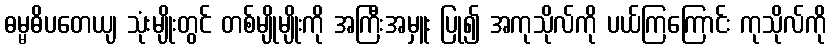
ဓမ္မဓိပတေယျ သုံးမျိုးတွင် တစ်မျိုမျိုးကို အကြီးအမှူး ပြု၍ အကုသိုလ်ကို ပယ်ကြကြောင်း ကုသိုလ်ကို